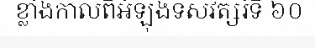
ខ្លាំងកាលពីអំឡុងទសវត្សរ៍ទី ៦០